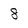
Character: 8